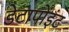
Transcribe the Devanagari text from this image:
डेटापोइंट